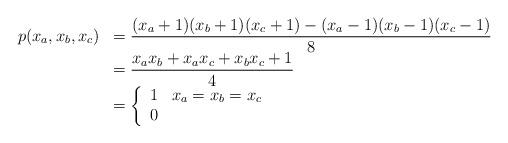
LaTeX: \begin{align*}\begin{array}{rl}p(x_a,x_b,x_c) &= \displaystyle \frac{(x_a+1)(x_b+1)(x_c+1)-(x_a-1)(x_b-1)(x_c-1)}{8} \\&= \displaystyle \frac{x_ax_b+x_ax_c+x_bx_c+1}{4} \\&= \left\{ \begin{array}{ll}1 & x_a=x_b=x_c\\0 & \end{array} \right. \end{array}\end{align*}